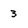
Character: 3